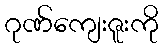
ဂုဏ်ကျေးဇူးကို